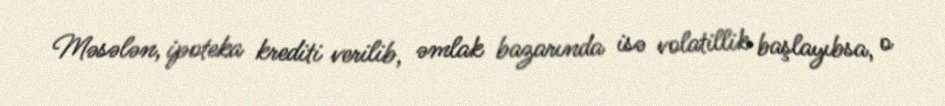
Məsələn, ipoteka krediti verilib, əmlak bazarında isə volatillik başlayıbsa, o